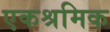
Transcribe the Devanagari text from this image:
एकश्रमिक